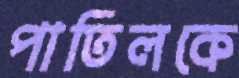
পাতিলকে